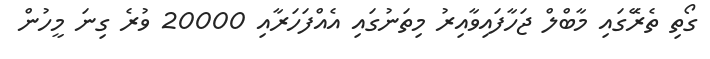
ގޯތި ތެރޭަގައި މާބްލް ޖަހާފައިވާއިރު މިތަނުގައި އެއްފަހަރާއި 20000 ވުރެ ގިނަ މީހުން